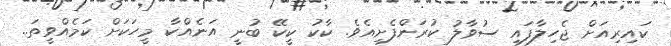
ކައިރިއަށް ޖެހިލާފައި ސުވާލު ކުރަންފެށިއެވެ. ކާކު ކީކޭ ބުނީ އަނެއްކާ މީހަކަަށް ކަމެއްވީތަ..